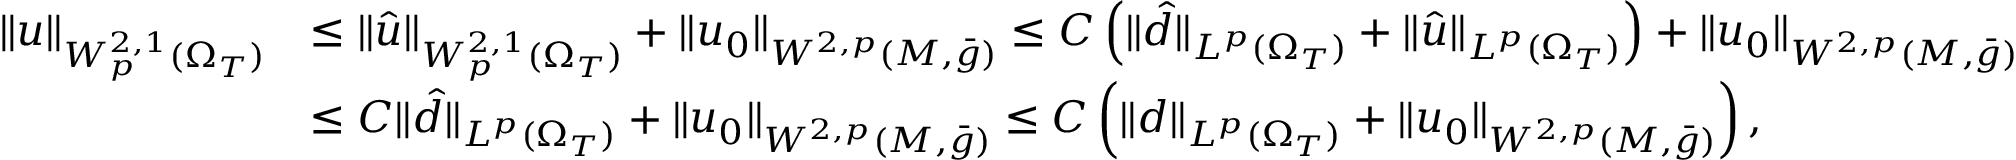
\begin{array} { r l } { \| u \| _ { W _ { p } ^ { 2 , 1 } ( \Omega _ { T } ) } } & { \le \| \hat { u } \| _ { W _ { p } ^ { 2 , 1 } ( \Omega _ { T } ) } + \| u _ { 0 } \| _ { W ^ { 2 , p } ( M , \bar { g } ) } \le C \left( \| \hat { d } \| _ { L ^ { p } ( \Omega _ { T } ) } + \| \hat { u } \| _ { L ^ { p } ( \Omega _ { T } ) } \right) + \| u _ { 0 } \| _ { W ^ { 2 , p } ( M , \bar { g } ) } } \\ & { \le C \| \hat { d } \| _ { L ^ { p } ( \Omega _ { T } ) } + \| u _ { 0 } \| _ { W ^ { 2 , p } ( M , \bar { g } ) } \le C \left( \| d \| _ { L ^ { p } ( \Omega _ { T } ) } + \| u _ { 0 } \| _ { W ^ { 2 , p } ( M , \bar { g } ) } \right) , } \end{array}